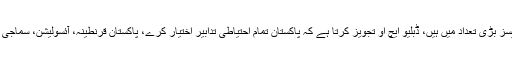
، پاکستان کے بڑے شہروں میں کورونا وبا کے کیسز بڑی تعداد میں ہیں، ڈبلیو ایچ او تجویز کرتا ہے کہ پاکستان تمام احتیاطی تدابیر اختیار کرے، پاکستان قرنطینہ، آئسولیشن، سماجی فاصلے اور کانٹیکٹ ٹریسنگ کے اقدامات اٹھائے۔